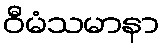
ဝီမံသမာနာ